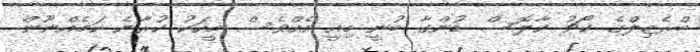
ބްރެޒިލްގެ ކޯޗު ކާލޮސް ޑުންގާ ބުނީ މިއީ އެއްވެސް މީހަކު ކުރާނެ ކަމެއްްނޫން